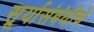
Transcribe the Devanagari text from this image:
सूर्यासंबंधीचे